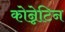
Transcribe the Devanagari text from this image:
कोन्नेटिन